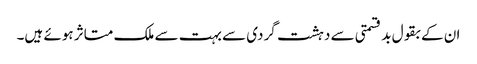
ان کے بقول بد قسمتی سے دہشت گردی سے بہت سے ملک متاثر ہوئے ہیں۔